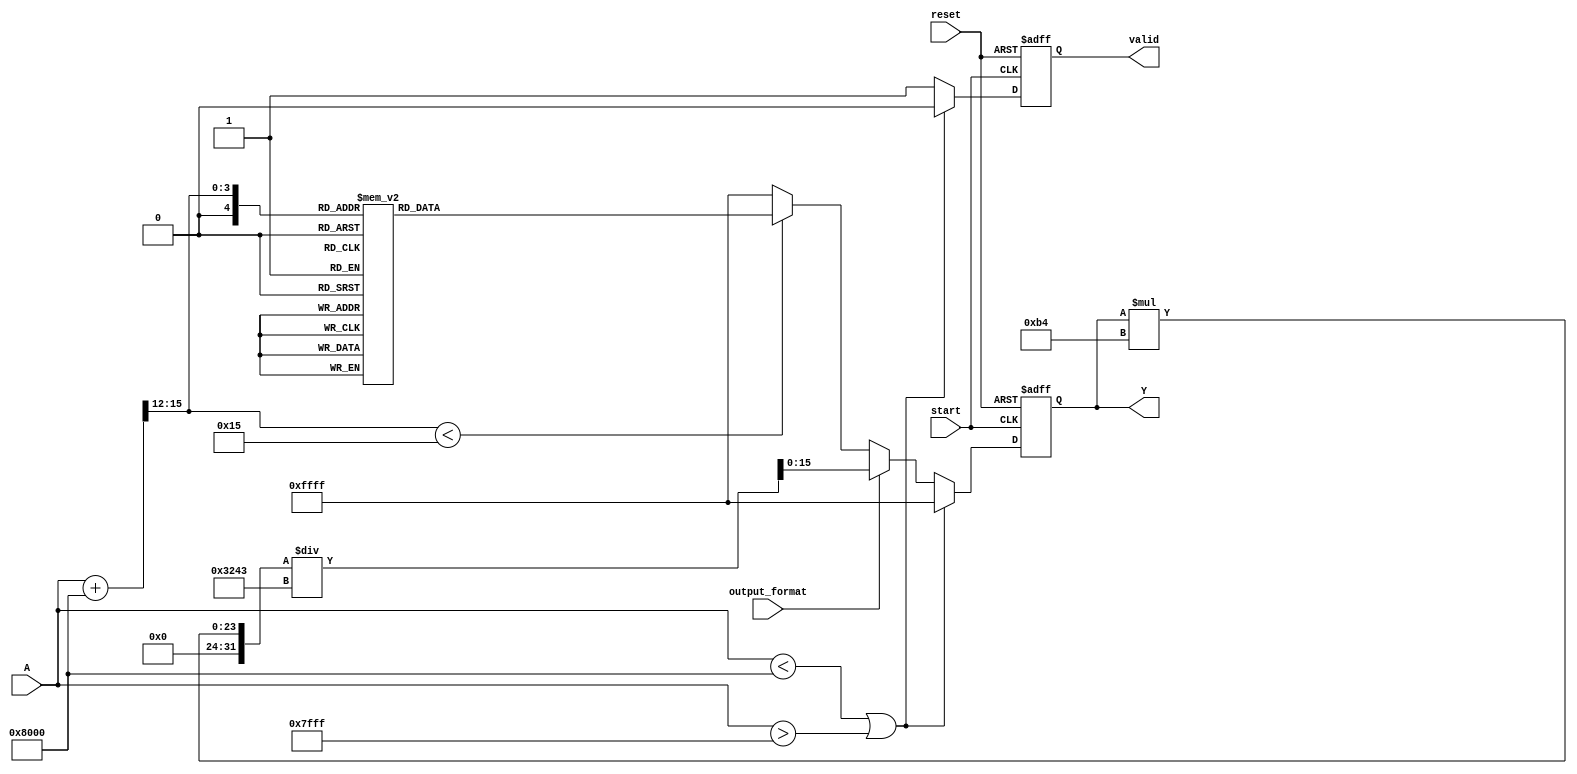
module acos_block (
    input wire [15:0] A,          // Input signal (fixed-point representation)
    input wire start,             // Control signal to start computation
    input wire reset,             // Control signal to reset the module
    input wire output_format,      // Control signal to select output format (0: radians, 1: degrees)
    output reg [15:0] Y,          // Output signal (fixed-point representation)
    output reg valid              // Output signal to indicate valid output
);

    // Constants
    localparam PI = 16'h3243;     // Approximation of  in fixed-point (16 bits)
    localparam PI_OVER_2 = 16'h1A9F; // Approximation of /2 in fixed-point (16 bits)
    
    // Lookup table for acos values (fixed-point representation)
    reg [15:0] acos_lut [0:20]; // LUT for acos values
    initial begin
        // Populate the lookup table with precomputed values of acos
        acos_lut[0]  = 16'h1A9F; // acos(1) = 0
        acos_lut[1]  = 16'h0;     // acos(0) = /2
        acos_lut[2]  = 16'hC90;   // acos(-0.5) = 2/3
        acos_lut[3]  = 16'hC90;   // acos(-1) = 
        // Add more values as needed for better precision
    end

    // State variables
    reg [15:0] input_value;
    reg [4:0] lut_index;

    // Main computation block
    always @(posedge start or posedge reset) begin
        if (reset) begin
            Y <= 0;
            valid <= 0;
        end else begin
            // Range check
            if (A < 16'h8000 || A > 16'h7FFF) begin // Check if A is in [-1, 1]
                Y <= 16'hFFFF; // Set to error value (e.g., -1)
                valid <= 0;
            end else begin
                // Perform LUT lookup based on input value
                // Simple quantization for LUT index
                lut_index = (A + 16'h8000) >> 12; // Scale A to index range
                if (lut_index < 21) begin
                    Y <= acos_lut[lut_index];
                end else begin
                    Y <= 16'hFFFF; // Set to error value
                end

                // Convert to degrees if required
                if (output_format) begin
                    Y <= (Y * 180) / PI; // Convert radians to degrees
                end
                
                valid <= 1; // Indicate valid output
            end
        end
    end
endmodule